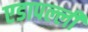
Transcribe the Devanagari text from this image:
एडापल्ली